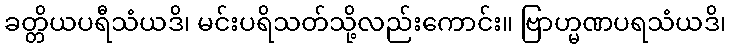
ခတ္တိယပရီသံယဒိ၊ မင်းပရိသတ်သို့လည်းကောင်း။ ဗြာဟ္မဏပရသံယဒိ၊